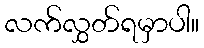
လက်လွှတ်ရမှာပါ။